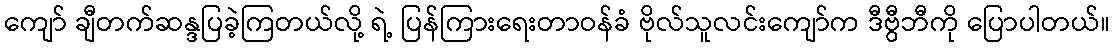
ကျော် ချီတက်ဆန္ဒပြခဲ့ကြတယ်လို့ ရဲ့ ပြန်ကြားရေးတာဝန်ခံ ဗိုလ်သူလင်းကျော်က ဒီဗွီဘီကို ပြောပါတယ်။